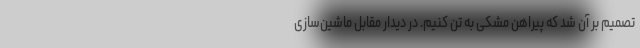
تصمیم بر آن شد که پیراهن مشکی به تن کنیم. در دیدار مقابل ماشین‌سازی